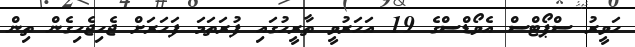
ހަވީރު ސްޕޯޓްސް އެވޯޑްސްގެ 19 އަހަރުވީ ތާރީހުގައި ފުރަތަމަ ފަހަރަށް ޖެހިޖެހިގެން ތިން